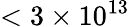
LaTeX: <3\times 10^{13}